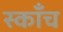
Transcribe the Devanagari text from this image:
स्काँच